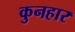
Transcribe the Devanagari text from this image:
कुनहार